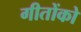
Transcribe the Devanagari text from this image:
गीतोंको